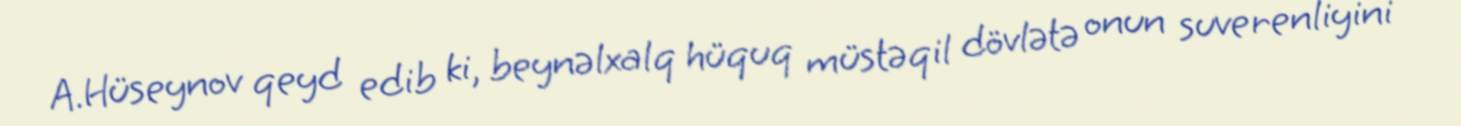
A.Hüseynov qeyd edib ki, beynəlxalq hüquq müstəqil dövlətə onun suverenliyini